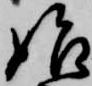
始